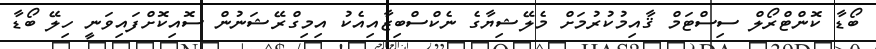
ބޯޑާ ކޮންޓްރޯލް ސިސްޓަމް ޤާއިމުކުރުމަށް މެލޭޝިޔާގެ ނެކްސްބިޒާއިއެކު އިމިގްރޭޝަނުން ސޮއިކޮށްފައިވަނީ ހިލޭ ބޯޑާ